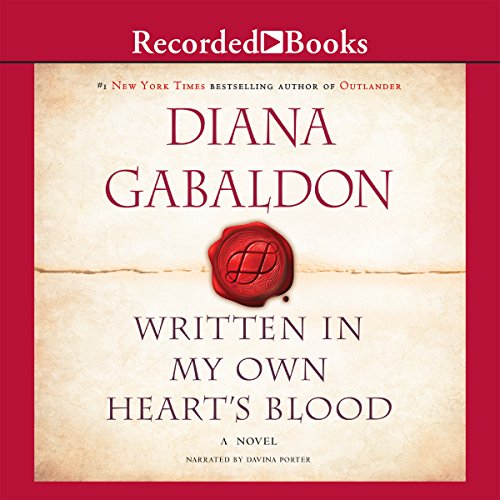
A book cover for Written In My Own Heart's Blood (The Outlander series); Diana Gabaldon; Mystery, Thriller & Suspense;